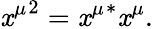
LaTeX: {\mathit{x}^{\mu}}^{2}={\mathit{x}^{\mu}}^{*}\mathit{x}^{\mu}.